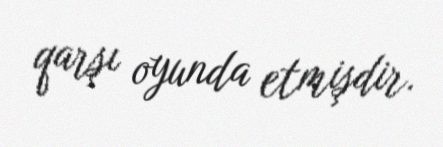
qarşı oyunda etmişdir.